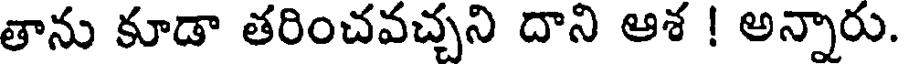
తాను కూడా తరించవచ్చని దాని ఆశ ! అన్నారు.